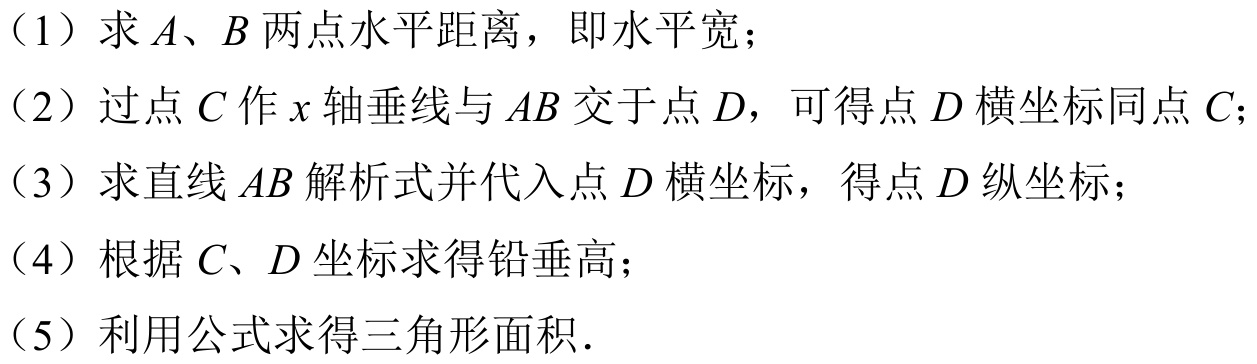
(1) 求 \(A、B\) 两点水平距离，即水平宽；
(2) 过点 \(C\) 作 \(x\) 轴垂线与 \(AB\) 交于点 \(D\)，可得点 \(D\) 横坐标同点 \(C\)；
(3) 求直线 \(AB\) 解析式并代入点 \(D\) 横坐标，得点 \(D\) 纵坐标；
(4) 根据 \(C、D\) 坐标求得铅垂高；
(5) 利用公式求得三角形面积.